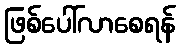
ဖြစ်ပေါ်လာစေရန်